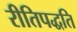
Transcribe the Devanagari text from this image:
रीतिपद्धति